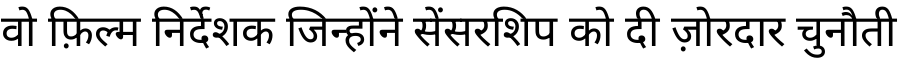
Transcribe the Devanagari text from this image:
वो फ़िल्म निर्देशक जिन्होंने सेंसरशिप को दी ज़ोरदार चुनौती